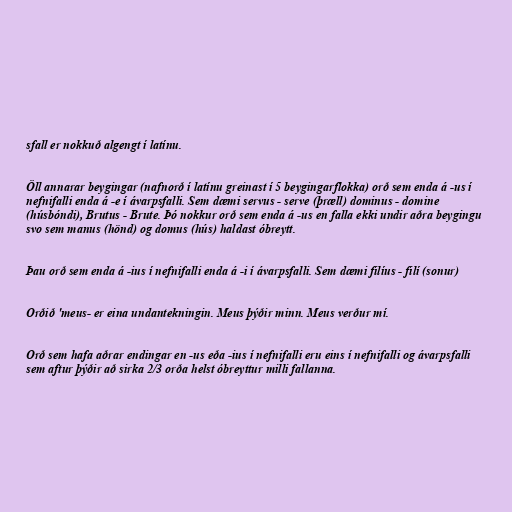
sfall er nokkuð algengt í latínu.

Öll annarar beygingar (nafnorð í latínu greinast í 5 beygingarflokka) orð sem enda á -us í
nefnifalli enda á -e í ávarpsfalli. Sem dæmi servus - serve (þræll) dominus - domine
(húsbóndi), Brutus - Brute. Þó nokkur orð sem enda á -us en falla ekki undir aðra beygingu
svo sem manus (hönd) og domus (hús) haldast óbreytt.

Þau orð sem enda á -ius í nefnifalli enda á -i í ávarpsfalli. Sem dæmi filíus - filí (sonur)

Orðið 'meus- er eina undantekningin. Meus þýðir minn. Meus verður mí.

Orð sem hafa aðrar endingar en -us eða -ius í nefnifalli eru eins í nefnifalli og ávarpsfalli
sem aftur þýðir að sirka 2/3 orða helst óbreyttur milli fallanna.